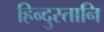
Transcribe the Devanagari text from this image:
हिन्दुस्तानि